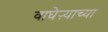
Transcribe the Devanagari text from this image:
वाघेऱ्याच्या